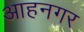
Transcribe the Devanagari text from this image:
आहनगर